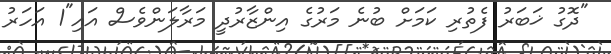
"ދޮގު ޚަބަރު ފެތުރި ކަމަށް ބުނެ މަރުގެ އިންޒާރުދީ މަރާލަންވެސް އައި"1 އަހަރު